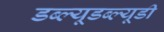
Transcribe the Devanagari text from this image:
डब्ल्यूडब्ल्यूडी